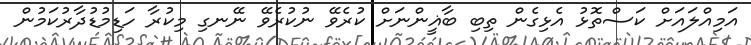
އަމިއްލައަށް ކަސްތޮޅު އެޅިގެން ތިބި ބާޣީންނަށް ކުރެވޭ ނުކުރެވޭ ނޭނގި މިކުރާ ހަޑިމުޑުދާރުކަމުން